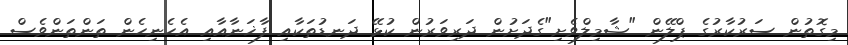
މިގޮތުން ސަރުކާރުގެ ޕްލޭން "ޝާމިލްވެށި"ގެދަށުން ދަރިވަރުން ކުޅޭ ދަނޑުތަކާއި ފާޚަނާއާއި އެހެނިހެން ތަންތަންވެސް